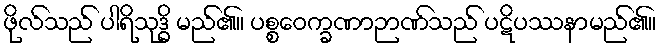
ဖိုလ်သည် ပါရိသုဒ္ဓိ မည်၏။ ပစ္စဝေက္ခဏာဉာဏ်သည် ပဋိပဿနာမည်၏။